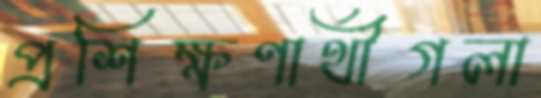
প্রশিক্ষণার্থীগলা